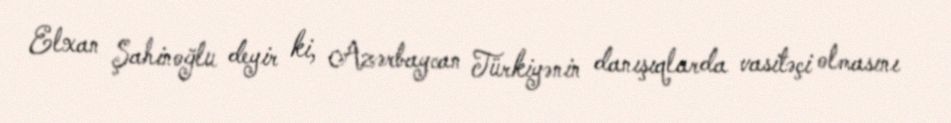
Elxan Şahinoğlu deyir ki, Azərbaycan Türkiyənin danışıqlarda vasitəçi olmasını